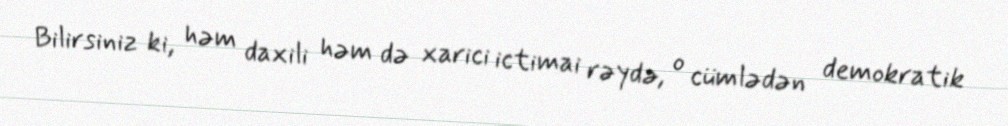
Bilirsiniz ki, həm daxili həm də xarici ictimai rəydə, o cümlədən demokratik